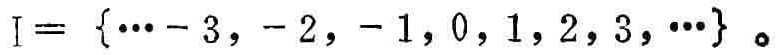
\(I = \{ \cdots - 3, - 2, - 1, 0, 1, 2, 3, \cdots \}\)